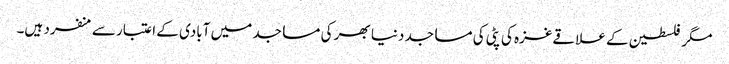
مگر فلسطین کے علاقےغزہ کی پٹی کی مساجد دنیا بھر کی مساجد میں آبادی کے اعتبار سے منفرد ہیں۔